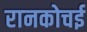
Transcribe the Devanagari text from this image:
रानकोचई